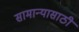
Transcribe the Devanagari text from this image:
सामान्यासाठी